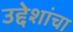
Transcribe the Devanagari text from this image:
उद्देशांचा